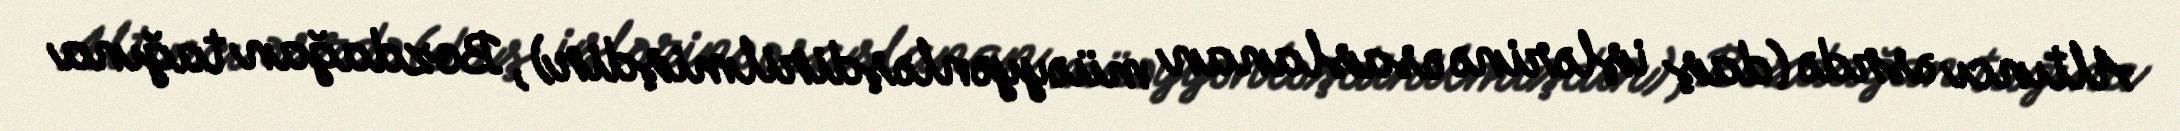
Altıncı əsrdə (daş işlərinə əsaslanan müəyyənləşdirilmişdir), Bozdağan tağına